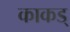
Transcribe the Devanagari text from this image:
काकड्